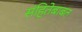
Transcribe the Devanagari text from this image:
संहितेबाबत